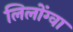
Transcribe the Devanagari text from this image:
लिलोंग्वा